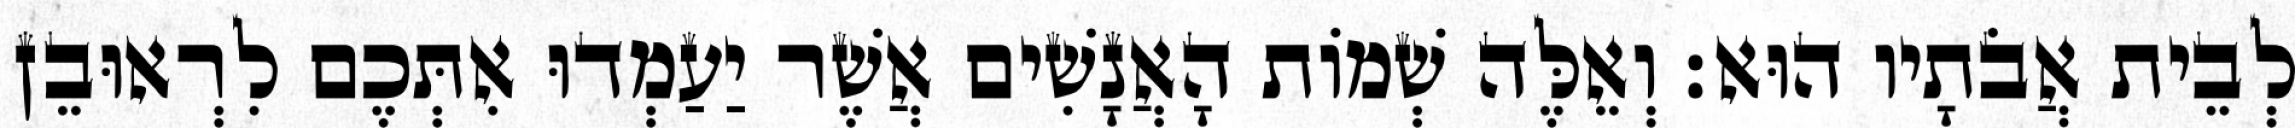
לְבֵית אֲבֹתָיו הוּא׃ וְאֵלֶּה שְׁמוֹת הָאֲנָשִׁים אֲשֶׁר יַעַמְדוּ אִתְּכֶם לִרְאוּבֵן